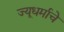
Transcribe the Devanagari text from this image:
ज्यूधर्माचे